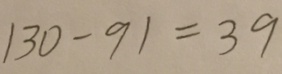
1 3 0 - 9 1 = 3 9